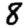
Digit: 8